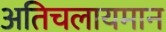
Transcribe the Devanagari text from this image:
अतिचलायमान